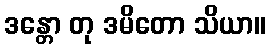
ဒန္တော တု ဒမိတော သိယာ။